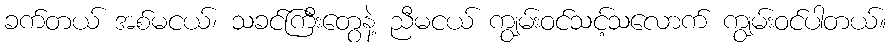
ခက်တယ် အစ်မငယ်၊ သခင်ကြီးတွေနဲ့ ညီမငယ် ကျွမ်းဝင်သင့်သလောက် ကျွမ်းဝင်ပါတယ်။